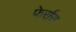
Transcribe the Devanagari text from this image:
फेर्रारा